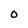
Character: 0